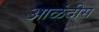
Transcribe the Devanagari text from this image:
आळंदीस